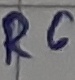
Text: R6